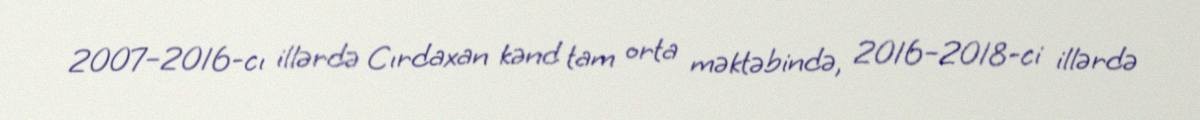
2007–2016-cı illərdə Cırdaxan kənd tam orta məktəbində, 2016–2018-ci illərdə